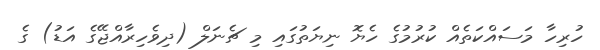
ހުރިހާ މަސައްކަތެއް ކުރުމުގެ ހެޔޮ ނިޔަތުގައި މި ޗެނަލް (ދިވެހިރާއްޖޭގެ އަޑު) ގެ